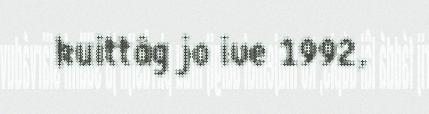
kuittâg jo ive 1992,